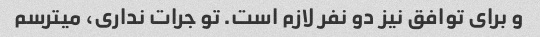
و برای توافق نیز دو نفر لازم است. تو جرات نداری، میترسم